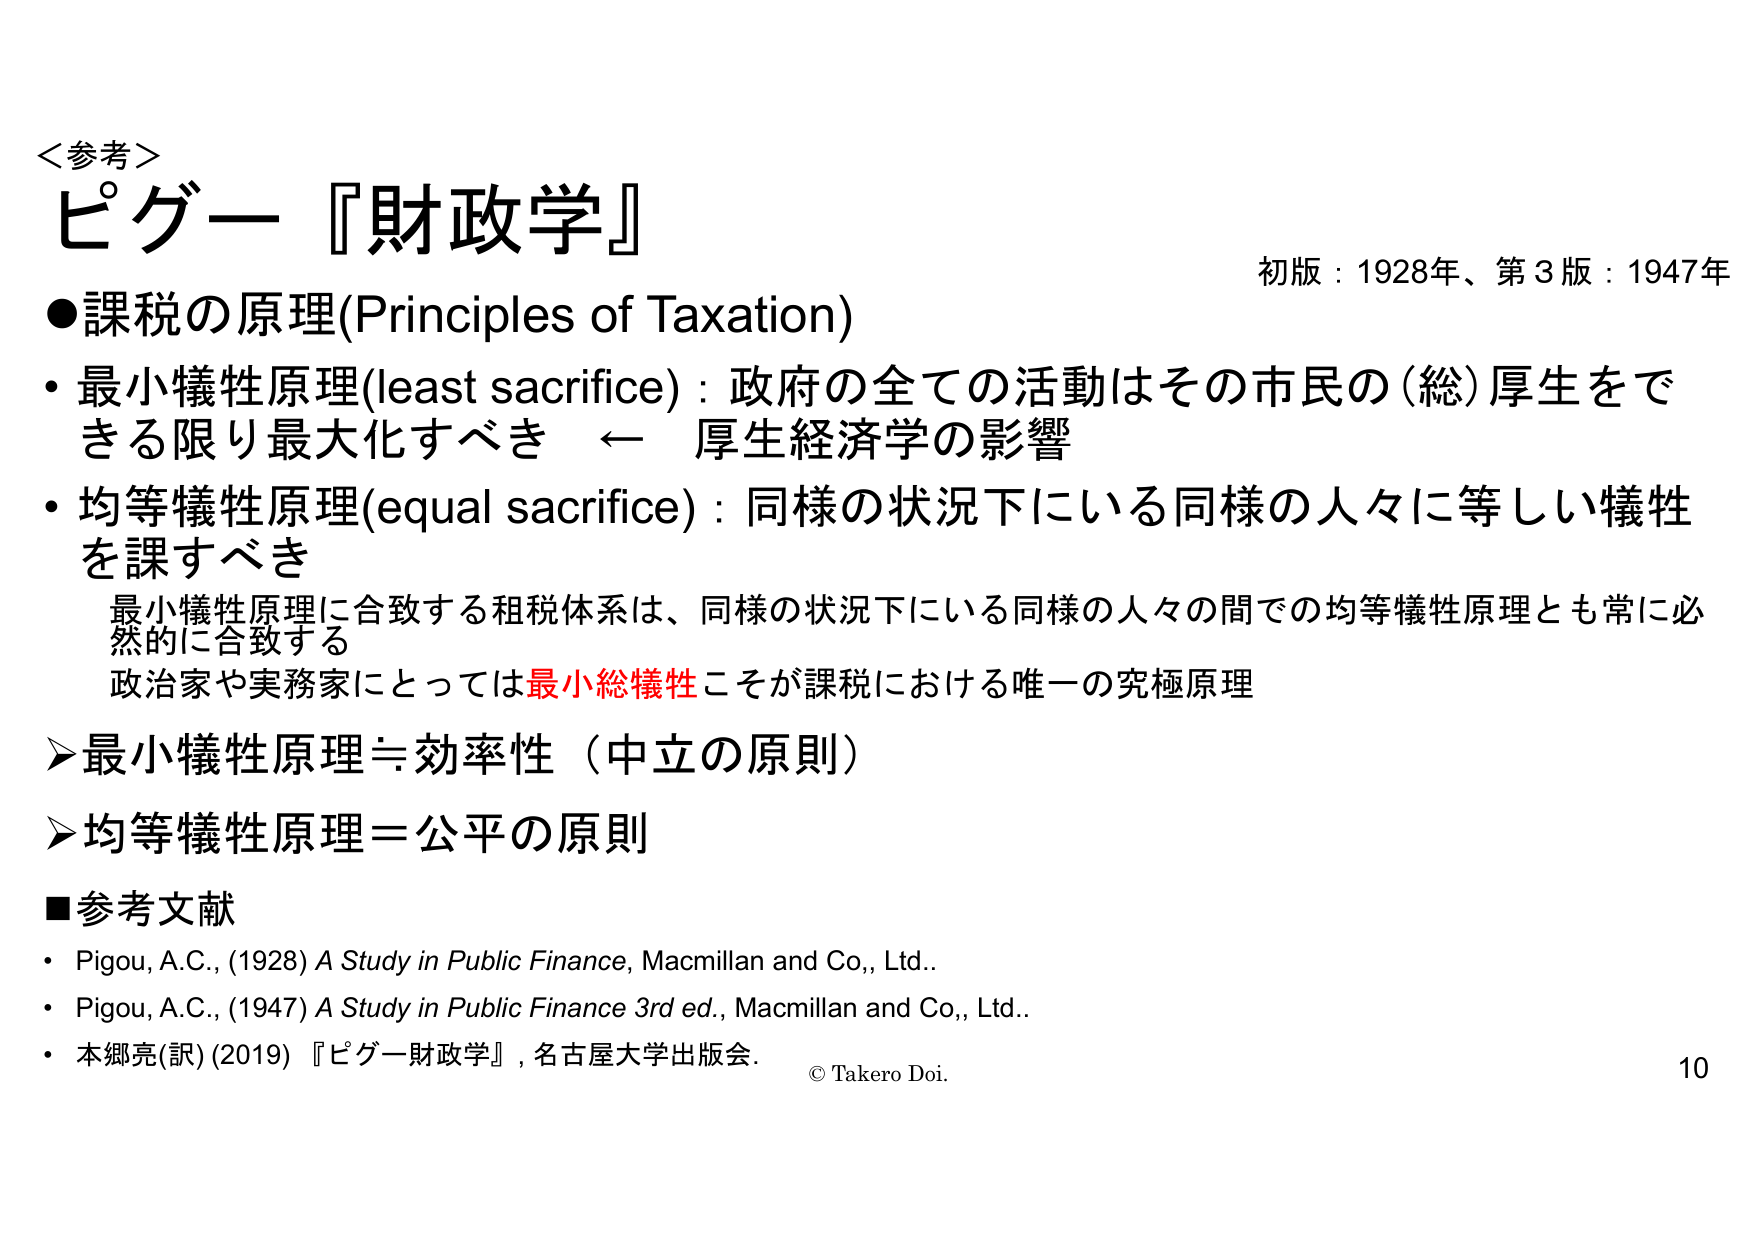
＜参考＞
ピグー『財政学』
初版：1928年、第3版：1947年
●課税の原理(Principles of Taxation)
・最小犠牲原理(least sacrifice)：政府の全ての活動はその市民の（総）厚生をできる限り最大化すべき ← 厚生経済学の影響
・均等犠牲原理(equal sacrifice)：同様の状況下にいる同様の人々に等しい犠牲を課すべき
　最小犠牲原理に合致する租税体系は、同様の状況下にいる同様の人々の間での均等犠牲原理とも常に必然的に合致する
　政治家や実務家にとっては最小総犠牲こそが課税における唯一の究極原理
➤最小犠牲原理＝効率性（中立の原則）
➤均等犠牲原理＝公平の原則
■参考文献
・Pigou, A.C., (1928) A Study in Public Finance, Macmillan and Co., Ltd.
・Pigou, A.C., (1947) A Study in Public Finance 3rd ed., Macmillan and Co., Ltd.
・本郷亮(訳) (2019)『ピグー財政学』, 名古屋大学出版会.
© Takero Doi.
10